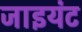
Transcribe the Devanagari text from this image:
जाइयंट